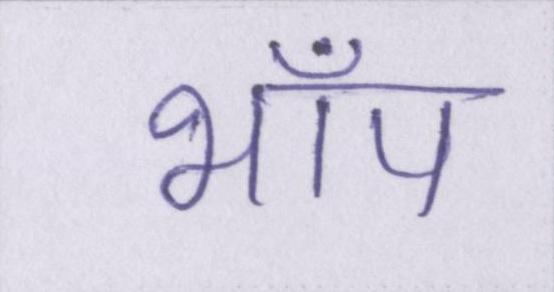
भाँप